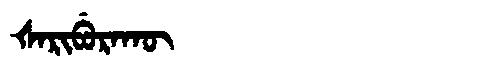
Manchu: ᡧᠠᡵᡳᠪᡠᡵᠠᡴᡡ
Romanization: ŠARIBURAKŪ